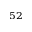
^ { 5 2 }